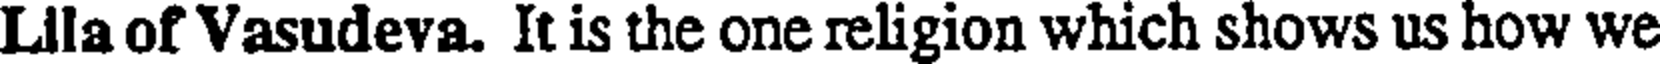
Llla of Vasudeva. It is the one religion which shows us how we